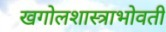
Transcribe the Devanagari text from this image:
खगोलशास्त्राभोवती